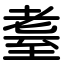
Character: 耋